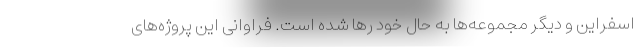
اسفراین و دیگر مجموعه‌ها به حال خود رها شده است. فراوانی این پروژه‌های